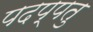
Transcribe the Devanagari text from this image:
पदप्पतु